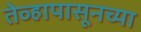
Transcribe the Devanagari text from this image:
तेव्हापासूनच्या